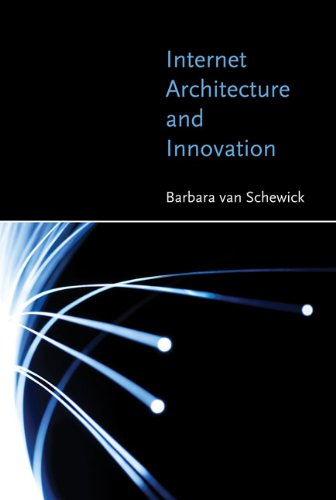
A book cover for Internet Architecture and Innovation; Barbara van van Schewick; Computers & Technology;